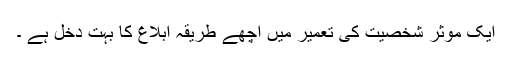
ایک مؤثر شخصیت کی تعمیر میں اچھے طریقہ ابلاغ کا بہت دخل ہے ۔